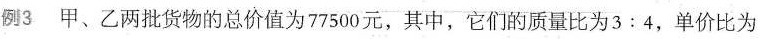
例3 甲、乙两批货物的总价值为77500元，其中，它们的质量比为3:4，单价比为